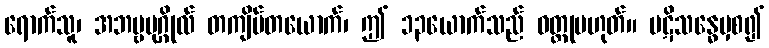
ရောက်သူ၊ အဘဗ္ဗပုဂ္ဂိုလ် တကျိပ်တယောက်၊ ဤ ၁၃ယောက်သည် ဝတ္ထုမဟုတ်။ ပဋိသန္ဓေမှစ၍